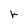
Character: r